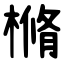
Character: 樇